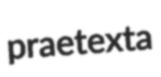
praetexta